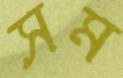
সম